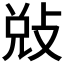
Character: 𭣳